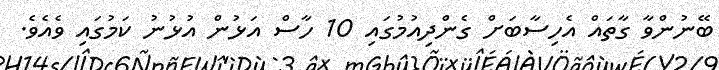
ބޭނުންވާ ގާތައް އެހިސާބަށް ގެންދިއުމުގައި 10 ހާސް އަޅުން އުޅުނު ކަމުގައި ވެއެވެ.